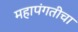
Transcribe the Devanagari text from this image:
महापंगतीचा